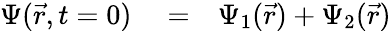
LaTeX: \begin{array}{rlr}{\Psi(\vec{r},t=0)}&{{}=}&{\Psi_{1}(\vec{r})+\Psi_{2}(\vec{r})}\end{array}